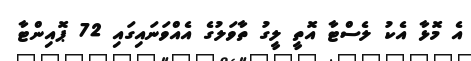
އެ މޮޅާ އެކު ލެސްޓާ އޮތީ ލީގު ތާވަލުގެ އެއްވަނައިގައި 72 ޕޮއިންޓާ